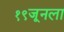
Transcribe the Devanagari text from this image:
१९जूनला